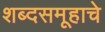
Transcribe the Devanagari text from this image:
शब्दसमूहाचे